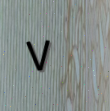
٧